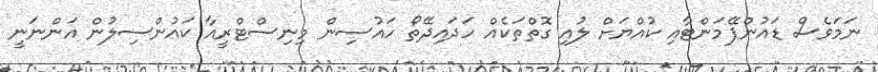
ނަމަވެސް ޑައުންޕޭމަންޓާއި ކުއްޔަށް ލުއި ގޮތްތަކެއް ހަދައިދޭތޯ ހައުސިން މިނިސްޓްރީއާ ކައުންސިލުން އަންނަނީ